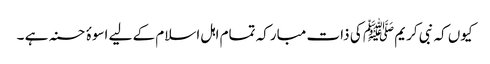
کیوں کہ نبی کریم ﷺ کی ذات مبارکہ تمام اہل اسلام کے لیے اسوۂ حسنہ ہے ۔